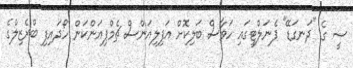
ސީ ގެ "ދަނގަޑޭ" ޕެނަލްޓީގައި ހަވާސް ބަލިކޮށް އަފިލިއަންސް ޗެމްޕިއަންކަން ހޯދައިފި ބްރެޒިލްގެ